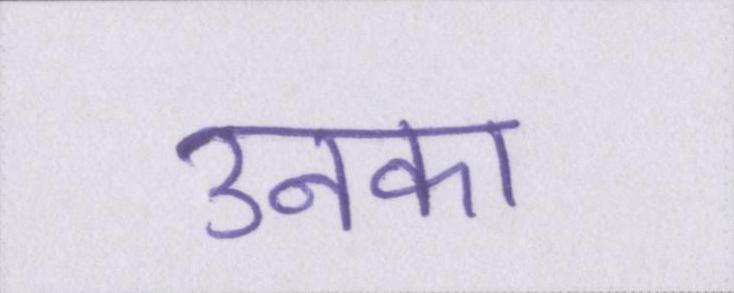
उनका